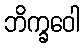
ဘိက္ခဝေါ